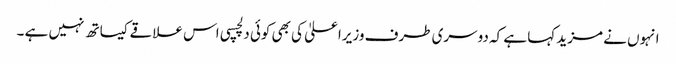
انہوں نے مزید کہا ہے کہ دوسری طرف وزیراعلیٰ کی بھی کوئی دلچسپی اس علاقے کیساتھ نہیں ہے ۔